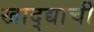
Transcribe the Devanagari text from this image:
खाद्द्याची